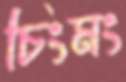
চিংমং